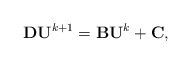
\begin{align*} {\bf D} {\bf U}^{k+1} = {\bf B} {\bf U}^{k} + {\bf C},\end{align*}